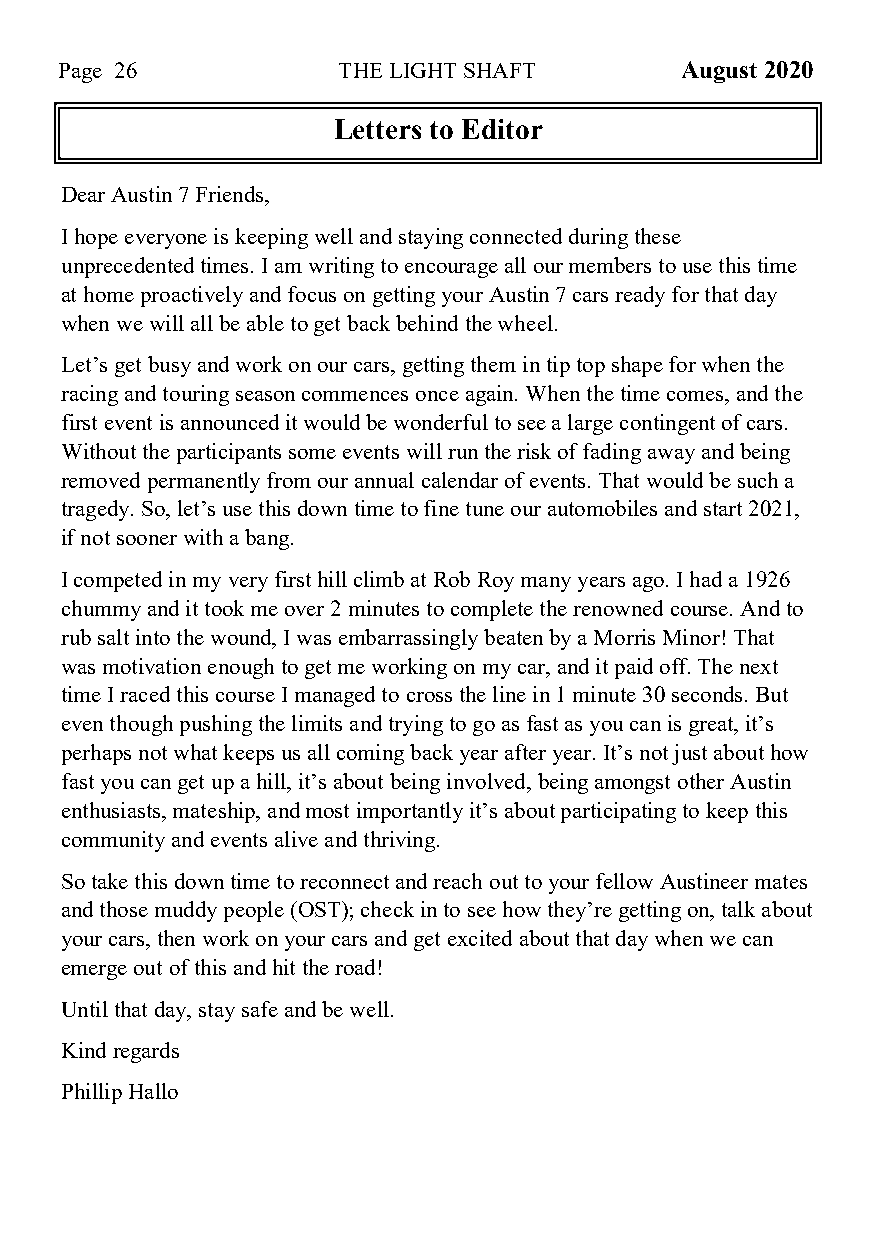
Page 26           THE LIGHT SHAFT        August 2020
 Letters to Editor
 Dear Austin 7 Friends,
 I hope everyone is keeping well and staying connected during these
 unprecedented times. I am writing to encourage all our members to use this time
 at home proactively and focus on getting your Austin 7 cars ready for that day
 when we will all be able to get back behind the wheel.
 Let’s get busy and work on our cars, getting them in tip top shape for when the
 racing and touring season commences once again. When the time comes, and the
 first event is announced it would be wonderful to see a large contingent of cars.
 Without the participants some events will run the risk of fading away and being
 removed permanently from our annual calendar of events. That would be such a
 tragedy. So, let’s use this down time to fine tune our automobiles and start 2021,
 if not sooner with a bang.
 I competed in my very first hill climb at Rob Roy many years ago. I had a 1926
 chummy and it took me over 2 minutes to complete the renowned course. And to
 rub salt into the wound, I was embarrassingly beaten by a Morris Minor! That
 was motivation enough to get me working on my car, and it paid off. The next
 time I raced this course I managed to cross the line in 1 minute 30 seconds. But
 even though pushing the limits and trying to go as fast as you can is great, it’s
 perhaps not what keeps us all coming back year after year. It’s not just about how
 fast you can get up a hill, it’s about being involved, being amongst other Austin
 enthusiasts, mateship, and most importantly it’s about participating to keep this
 community and events alive and thriving.
 So take this down time to reconnect and reach out to your fellow Austineer mates
 and those muddy people (OST); check in to see how they’re getting on, talk about
 your cars, then work on your cars and get excited about that day when we can
 emerge out of this and hit the road!
 Until that day, stay safe and be well.
 Kind regards
 Phillip Hallo